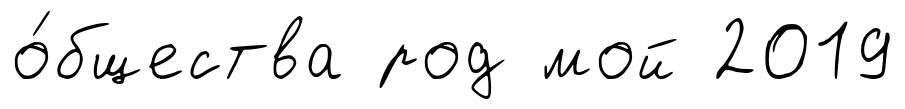
о́бщества род мой 2019